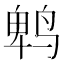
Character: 鹎